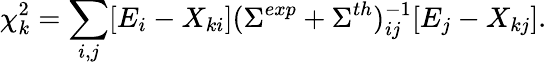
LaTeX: \chi_{k}^{2}=\sum_{i,j}[E_{i}-X_{ki}](\Sigma^{exp}+\Sigma^{th})_{ij}^{-1}[E_{j}-X_{kj}].